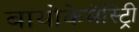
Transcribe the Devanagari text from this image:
बायोकेमेस्ट्रिी